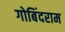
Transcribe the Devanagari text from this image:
गोबिंदराम